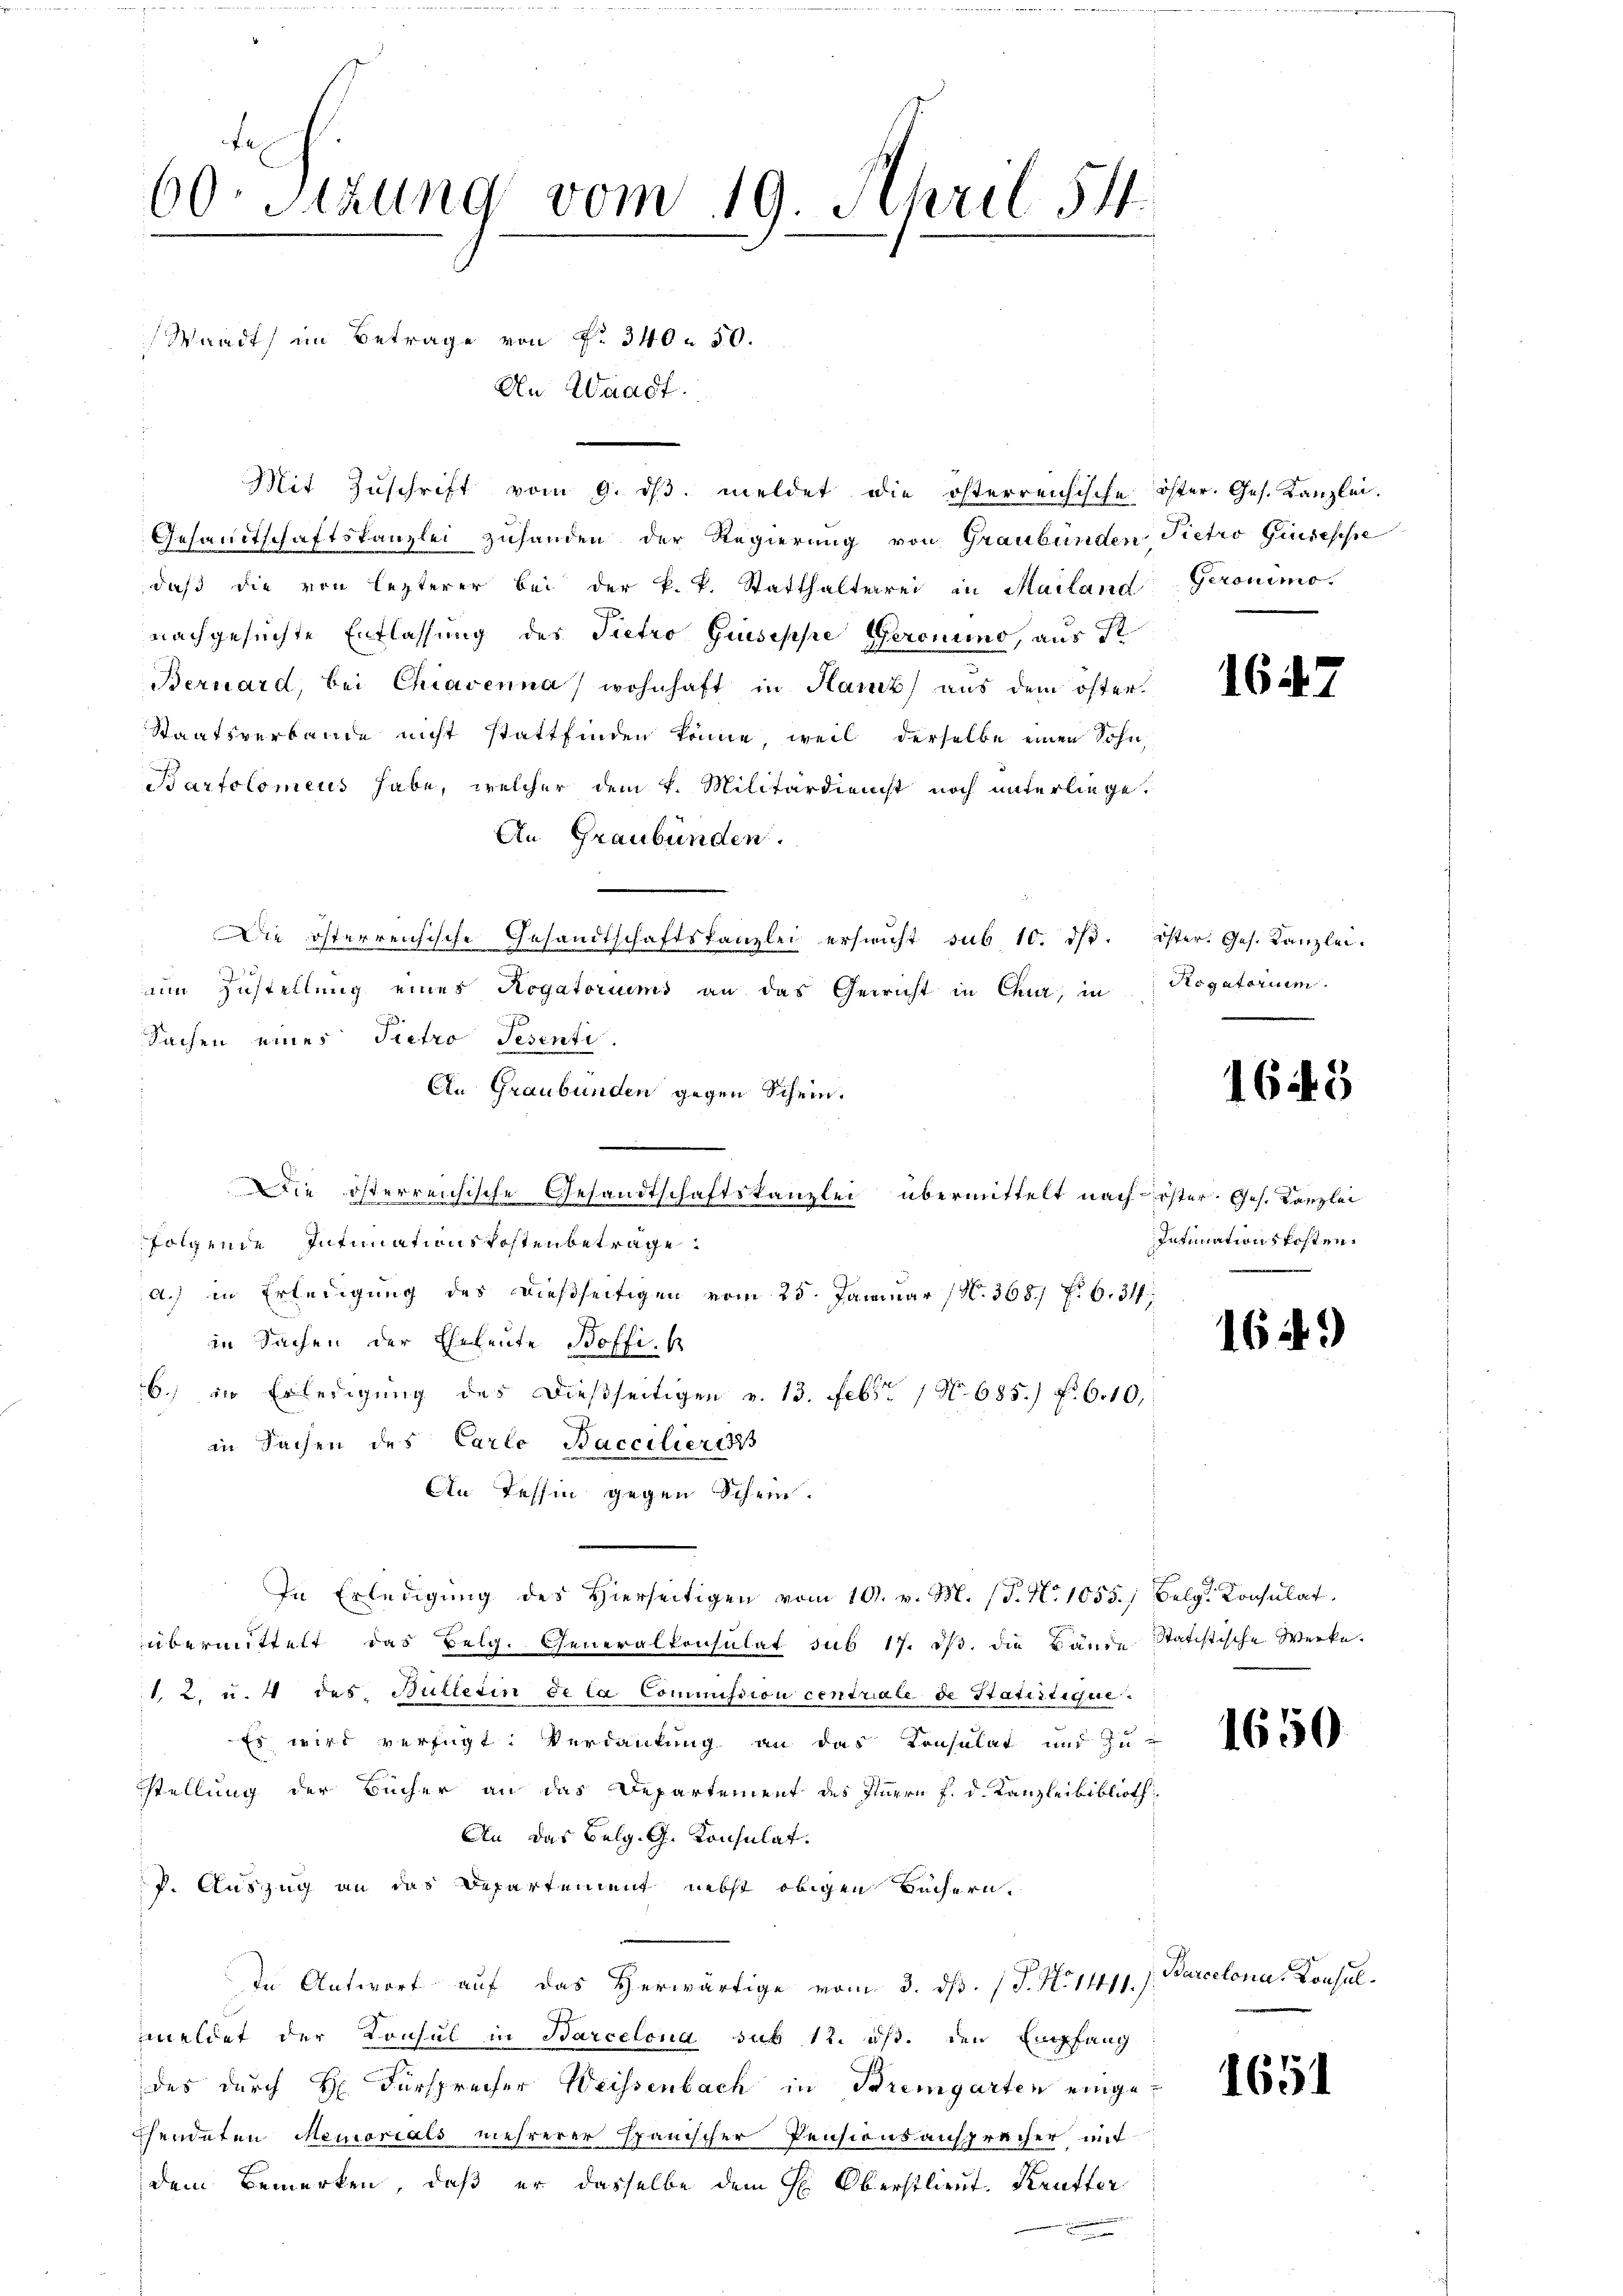
60. Sitzung vom 19. April 54.
e
Waadt im Betrage von N. 340 - 30.
An Waadt.
e

Mit Zŭschrift vom 9. dβ. meldet die österreichische öster. Ges. Kanzlei.
Gesammtschaftskanzlei zuhanden der Regierung von Graubünden Pietro Giuseppe
daβ die von lezterer bei der k. k. Statthalterrei in Mailand Geronimo-
nachgesuchte Entlassung des Pietro Giuseppe Geronino, aus R
Bernard, bei Chiavenna wohnhaft in Hanz) aus dem öster.
Staatsverbande nicht stattfinden könne, weil derselbe einen Sohn,
Bartolomens habe, welcher dem k. Militärdienst noch unterliege.
An Graubünden.
Die österreichische Gesandtschaftskanzlei ersicht sub 10. dβ. öster. Ges. Kanzlei.
0
aim Zustellung eines Rogatoriums an das Gewicht in Chur, in
Sachen eines Pietro Tesenti
An Graubünden gegen Schein.
Die österreichische Gesandtschaftskanzlei übermittelt nach Löster. Ges. Kanzlei
folgende Intimationskostenbetrage
A.) in Erledigung des dießseitigen vom 25. Januar (N. 3681 f. 6. 34
in Sachen der Eheleute Boffi-
6.) in Erledigung des dießseitigen v. 13. Febr. 1. 685.) Fr. 6.10
in Sachen des Carlo Baccilieress
An Tessin gegen Schein.
In Erledigŭng des hierseitigen vom 10. v. M. (T. N. 1055.) Belg. Konsulat
übermittelt das Belg. Generalkonsulat sub 17. ds. die Bände Statistische Werke.
1. 2. u. 4 des Büllerin de la Commission centriale de Statistique.
Es wird verfügt: Verdankung an das Konsulat und zu-
stellung der Bücher an das Departement des Innern f. d. Kanzleibiblioth
An das Belg. G. Konsulat.
f. Auszug an das Departement nebst obigen Büchern,
In Antwort auf das Herwärtige vom 3. ds. (T. N. 1111.)
meldet der Konsul in Barcelona sub 12. ds. den Empfang
des durch H. Fürsprecher Weissenbach in Bremgarten einge¬
Chendeten Memorials mehrerer Spanischer Pensionsansprecher mit
dem Bemerken, daß er dasselbe dem H. Oberstlieut. Krutter
e

1647

Rogatorium

164. 3

Intimationskosten.

1649)

1650

Barcelona, Konsul¬

1651